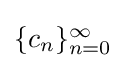
{\textstyle \{c_{n}\}_{n=0}^{\infty }}